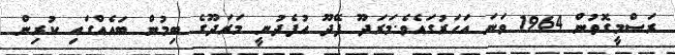
ރަސްމީގޮތުން 1964 ވަނަ އަހަރުގައެވެ.މަރަދޫ ފޭދޫ އުފެދުނީ މަރަދޫގެ ބިމުން ބައެއްގައި ކުރިން